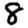
Digit: 8